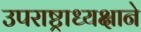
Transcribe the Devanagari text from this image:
उपराष्ट्राध्यक्षाने